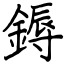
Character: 鎒